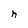
Character: n